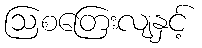
ဩစတြေးလျနှင့်